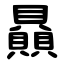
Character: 贔